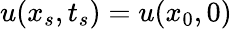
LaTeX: u(x_{s},t_{s})=u(x_{0},0)